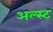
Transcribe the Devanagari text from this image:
अल्स्ट